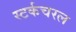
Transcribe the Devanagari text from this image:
स्टर्कचरल